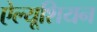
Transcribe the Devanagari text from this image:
ऐल्यूशियन